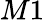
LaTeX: M1